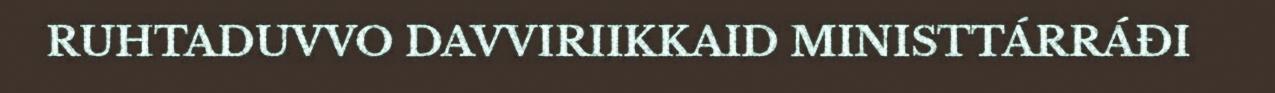
RUHTADUVVO DAVVIRIIKKAID MINISTTÁRRÁĐI